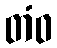
တံဝ